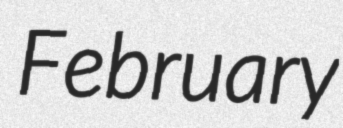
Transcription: February